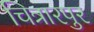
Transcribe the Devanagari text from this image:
चित्रारपुर